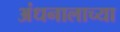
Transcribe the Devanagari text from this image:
अंधनालाच्या